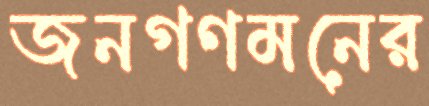
জনগণমনের